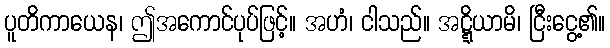
ပူတိကာယေန၊ ဤအကောင်ပုပ်ဖြင့်။ အဟံ၊ ငါသည်။ အဋ္ဋိယာမိ၊ ငြီးငွေ့၏။